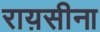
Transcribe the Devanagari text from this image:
राय़सीना